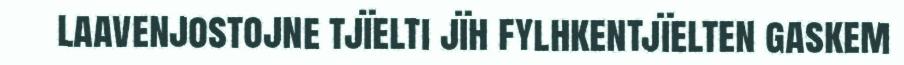
laavenjostojne tjïelti jïh fylhkentjïelten gaskem